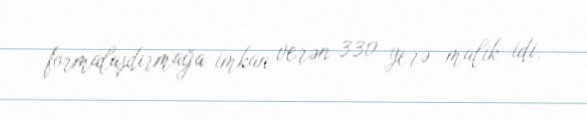
formalaşdırmağa imkan verən 330 yerə malik idi.